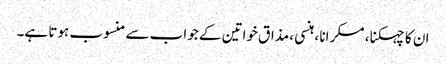
ان کا چہکنا ، مسکرانا ، ہنسی ، مذاق خواتین کے جواب سے منسوب ہوتا ہے۔